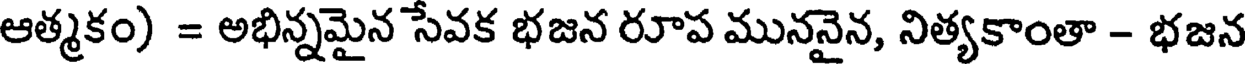
ఆత్మకం) = అభిన్నమైన సేవక భజన రూప ముననైన, నిత్యకాంతా - భజన